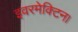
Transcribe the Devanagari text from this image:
इवरमेक्टिन।